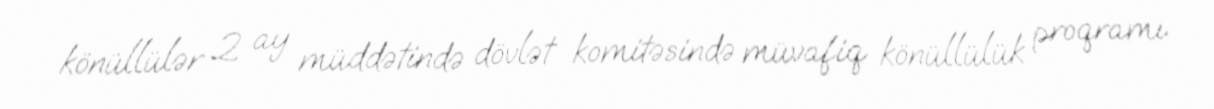
könüllülər 2 ay müddətində dövlət komitəsində müvafiq könüllülük proqramı